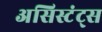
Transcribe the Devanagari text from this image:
असिस्टंट्स